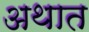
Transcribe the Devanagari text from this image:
अथात